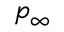
p _ { \infty }